Scottish Leaving Certificate Examination, 1961
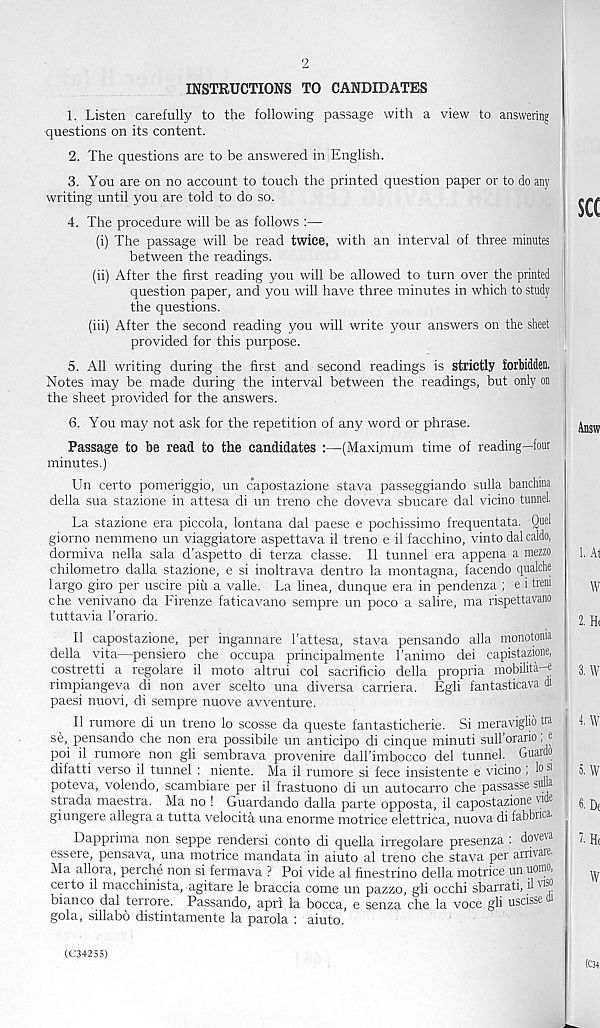
2
INSTRUCTIONS TO CANDIDATES
1. Listen carefully to the following passage with a view to answering
questions on its content.
2. The questions are to be answered in English.
3. You are on no account to touch the printed question paper or to do any
writing until you are told to do so.
4. The procedure will be as follows :—
(i) The passage will be read twice, with an interval of three minutes
between the readings.
(ii) After the first reading you will be allowed to turn over the printed
question paper, and you will have three minutes in which to study
the questions.
(iii) After the second reading you will write your answers on the sheet
provided for this purpose.
5. All writing during the first and second readings is strictly forbidden.
Notes may be made during the interval between the readings, but only on
the sheet provided for the answers.
6. You may not ask for the repetition of any word or phrase.
Passage to be read to the candidates :—(Maximum time of reading—four
minutes.)
Un certo pomeriggio, un capostazione stava pasSeggiando sulla banchma
della sua stazione in attesa di un treno che doveva sbucare dal vicino tunnel
La stazione era piccola, lontana dal paese e pochissimo frequentata. Quel
giorno nemmeno un viaggiatore aspettava il treno e il facchino, vinto dal caldo,
dormiva nella sala d’aspetto di terza classe. Il tunnel era appena a mezzo
chilometro dalla stazione, e si inoltrava dentro la montagna, facendo qualclie
1 argo giro per uscire piu a valle. La linea, dunque era in pendenza ; e i treni
che venivano da Firenze faticavano sempre un poco a salire, ma rispettavano
tuttavia I'orario.
Il capostazione, per ingannare 1’attesa, stava pensando alia monotonia
della vita—pensiero che occupa principalmente Fanimo dei capistazione,
costretti a regolare il moto altrui col sacrificio della propria mobilita-«
rimpiangeva di non aver scelto una diversa carriera. Egli fantasticava di
paesi nuovi, di sempre nuove avventure.
Il rumore di un treno lo scosse da queste fantasticherie. Si meraviglid tra
se, pensando che non era possibile un anticipo di cinque minuti sull’orario; c
poi il rumore iron gli sembrava provenire dall'imbocco del tunnel. Guardo
difatti verso il tunnel : niente. Ma il rumore si fece insistente e vicino ; lo sl
poteva, volendo, scambiare per il frastuono di un autocarro che passasse sulla
strada maestra. Ma no ! Guardando dalla parte opposta, il capostazione vide
giungere allegra a tutta velocita una enorme motrice elettrica, nuova di fabbnca.
Dapprima non seppe rendersi conto di quella irregolare presenza : doveva
essere, pensava, una motrice mandata in aiuto al treno che stava per arrivare-
Ma allora, perche non si fermava ? Poi vide al finestrino della motrice un uomo,
certo il macchinista, agitare le braccia come un pazzo, gli occhi sbarrati, il v®
bianco dal terrore. Passando, apri la bocca, e senza che la voce gli uscisse
gola, sillabo distintamente la parola : aiuto.
(C34255)